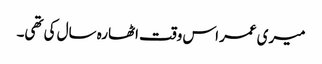
میری عمر اس وقت اٹھارہ سال کی تھی۔